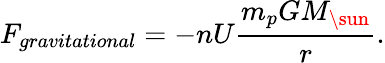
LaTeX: F_{gravitational}=-nU\frac{m_{p}GM_{\sun}}{r}.